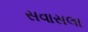
સવાસલા